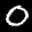
Label: 0